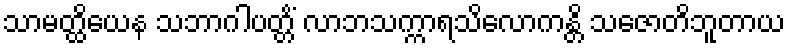
သာမတ္ထိယေန သဘာဂါပတ္တိံ လာဘသက္ကာရသိလောကန္တိ သဇောတိဘူတာယ